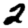
Digit: 2